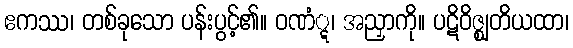
ဧကဿ၊ တစ်ခုသော ပန်းပွင့်၏။ ဝဏံ္ဋ၊ အညှာကို။ ပဋိဝိဇ္ဈတိယထာ၊